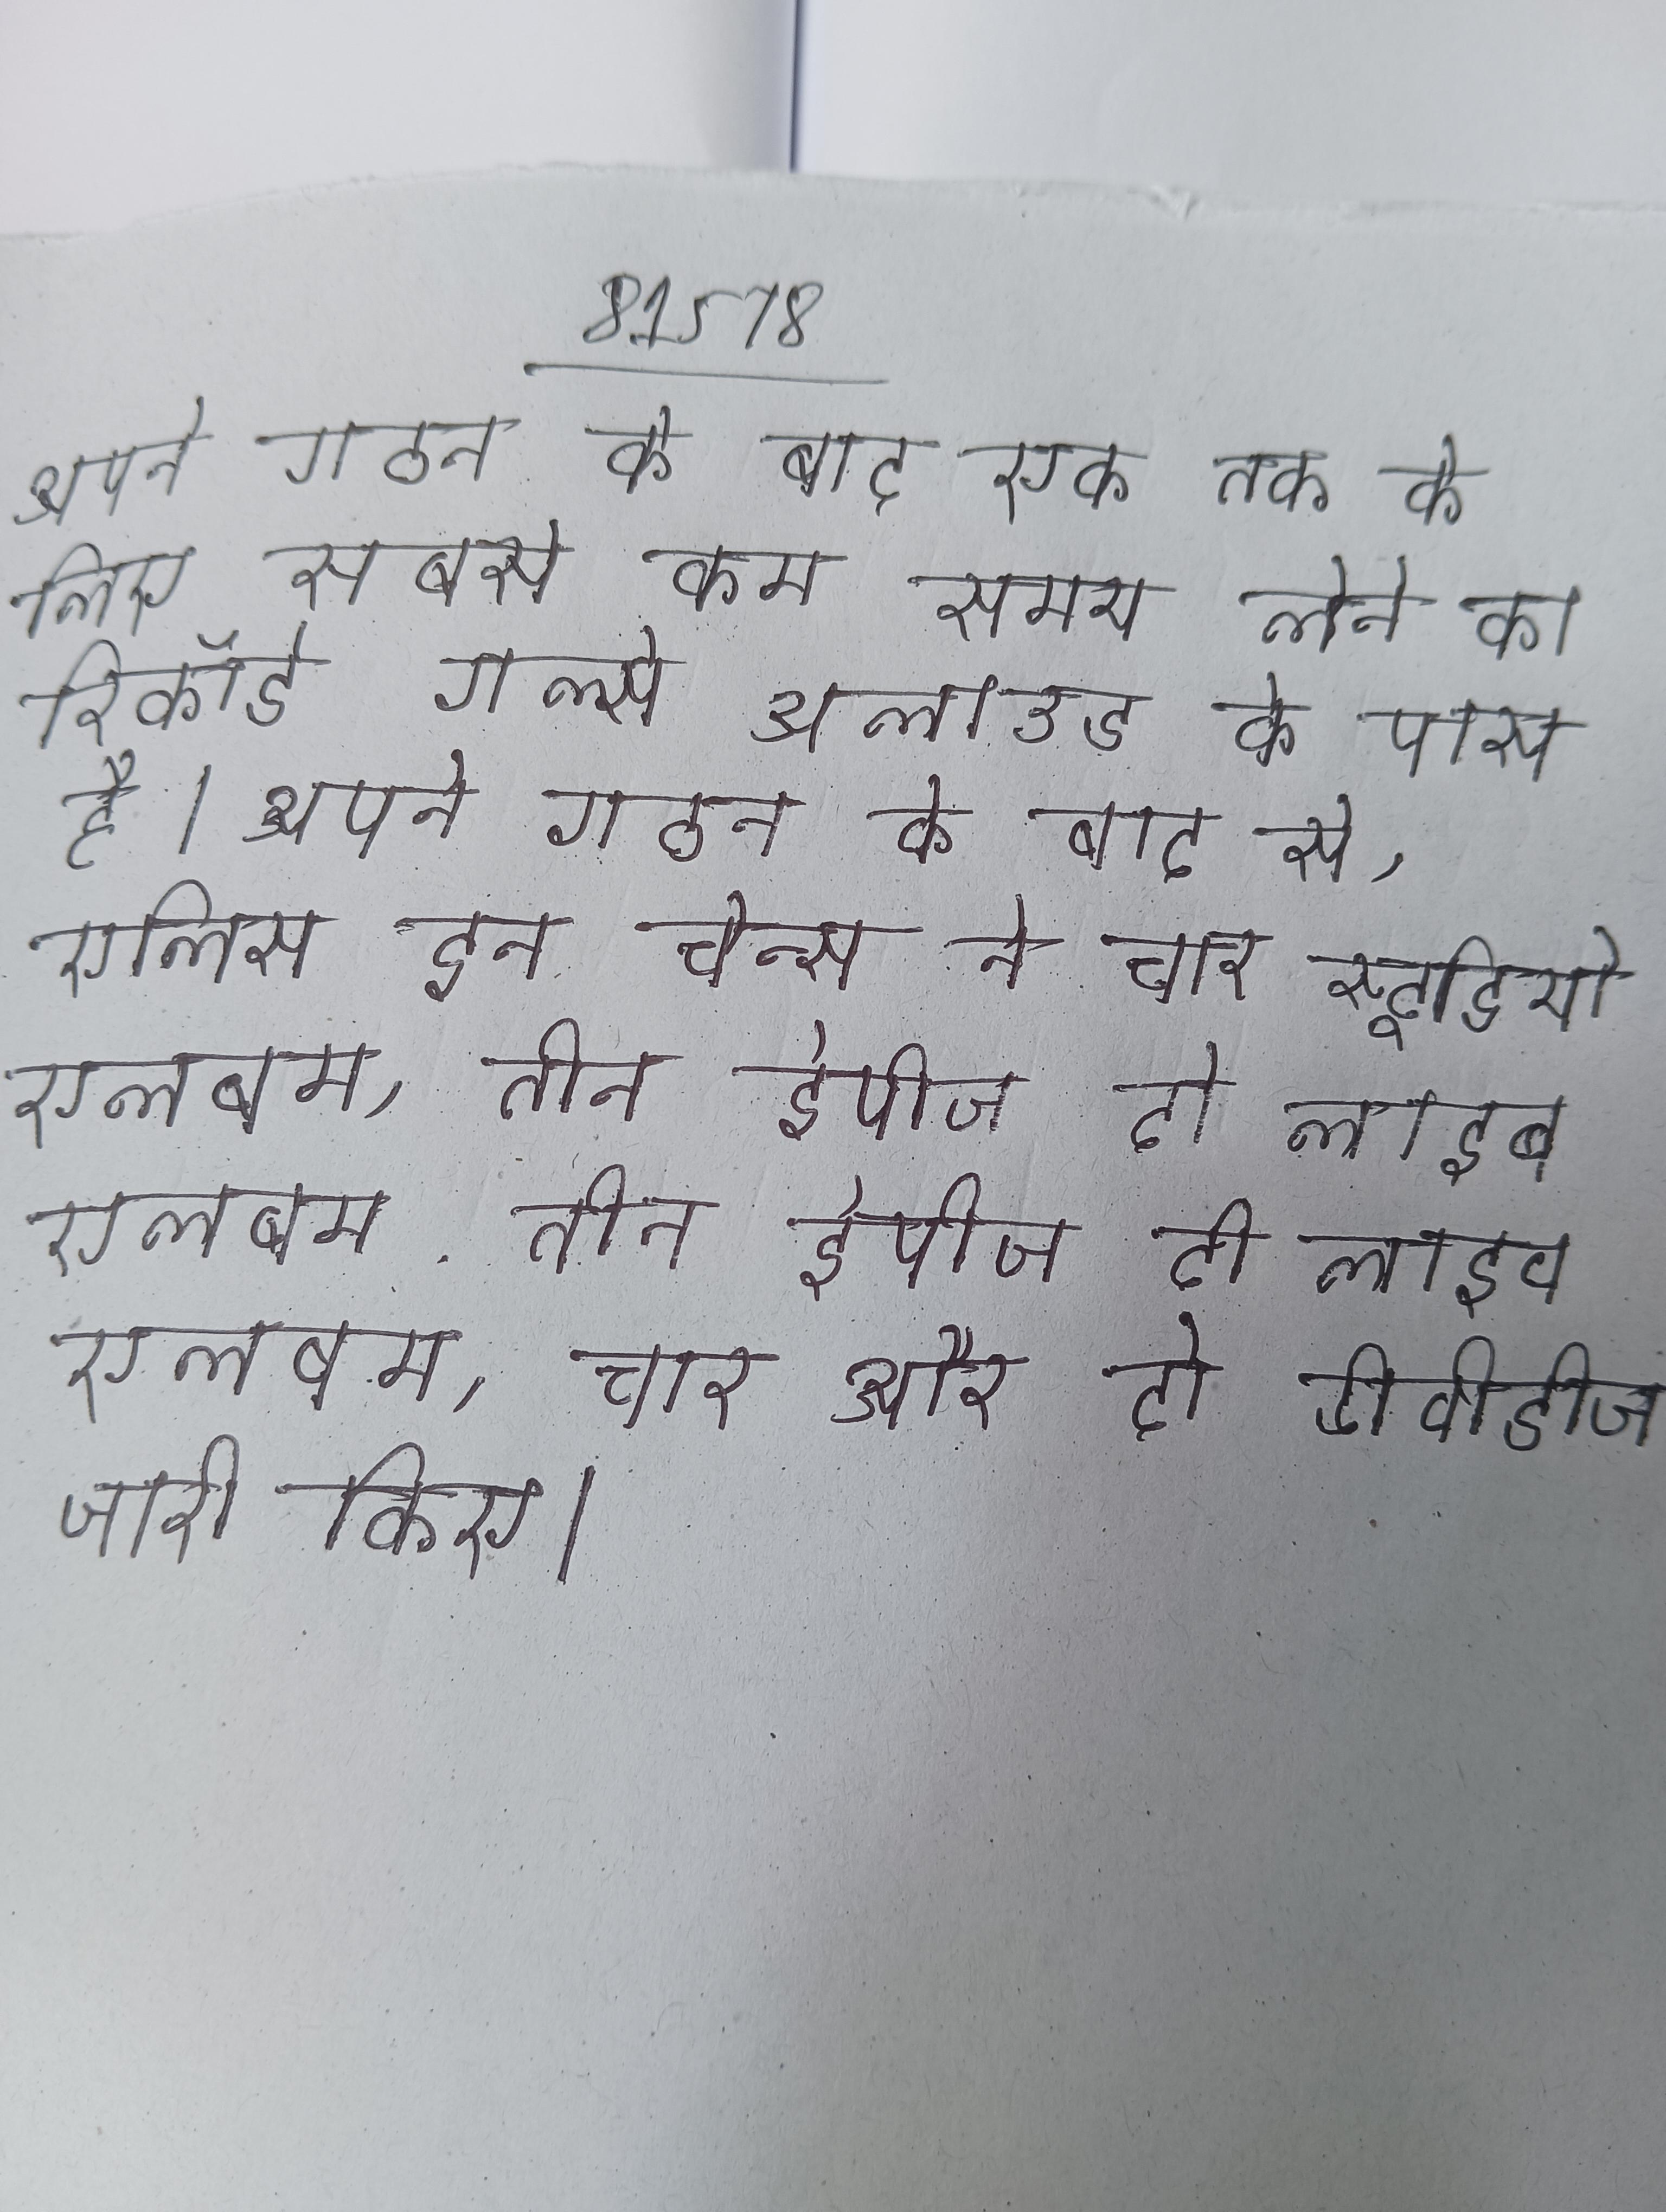
अपने गठन के बाद एक तक के लिए सबसे कम समय लेने का रिकॉर्ड गर्ल्स अलाउड के पास है । अपने गठन के बाद से, एलिस इन चेन्स ने चार स्टूडियो एलबम, तीन ईपीज दो लाइव एलबम, चार और दो डीवीडीज जारी किए ।